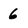
Character: 6